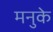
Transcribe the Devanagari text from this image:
मनुके